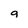
Character: g